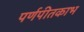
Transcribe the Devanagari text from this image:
पर्णपीतकाभ